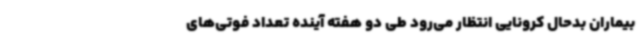
بیماران بدحال کرونایی انتظار می‌رود طی دو هفته آینده تعداد فوتی‌های